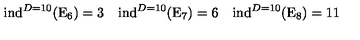
\mathrm { i n d } ^ { D = 1 0 } ( \mathrm { E } _ { 6 } ) = 3 \quad \mathrm { i n d } ^ { D = 1 0 } ( \mathrm { E } _ { 7 } ) = 6 \quad \mathrm { i n d } ^ { D = 1 0 } ( \mathrm { E } _ { 8 } ) = 1 1